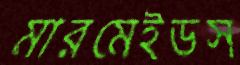
মারমেইডস